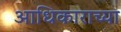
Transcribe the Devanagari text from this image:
आधिकाराच्या